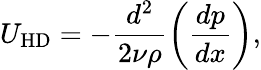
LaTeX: U_{\mathrm{HD}}=-\frac{d^{2}}{2\nu\rho}\left(\frac{dp}{dx}\right),